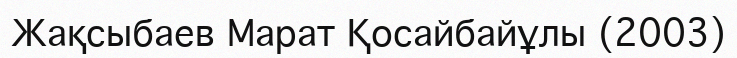
Жақсыбаев Марат Қосайбайұлы (2003)